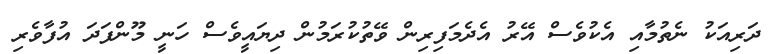
ދަރިއަކު ނެތުމާއި އެކުވެސް އޭރު އެދެމަފިރިން ވޭތުކުރަމުން ދިޔައީވެސް ހަނީ މޫންފަދަ އުފާވެރި